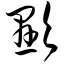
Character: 显